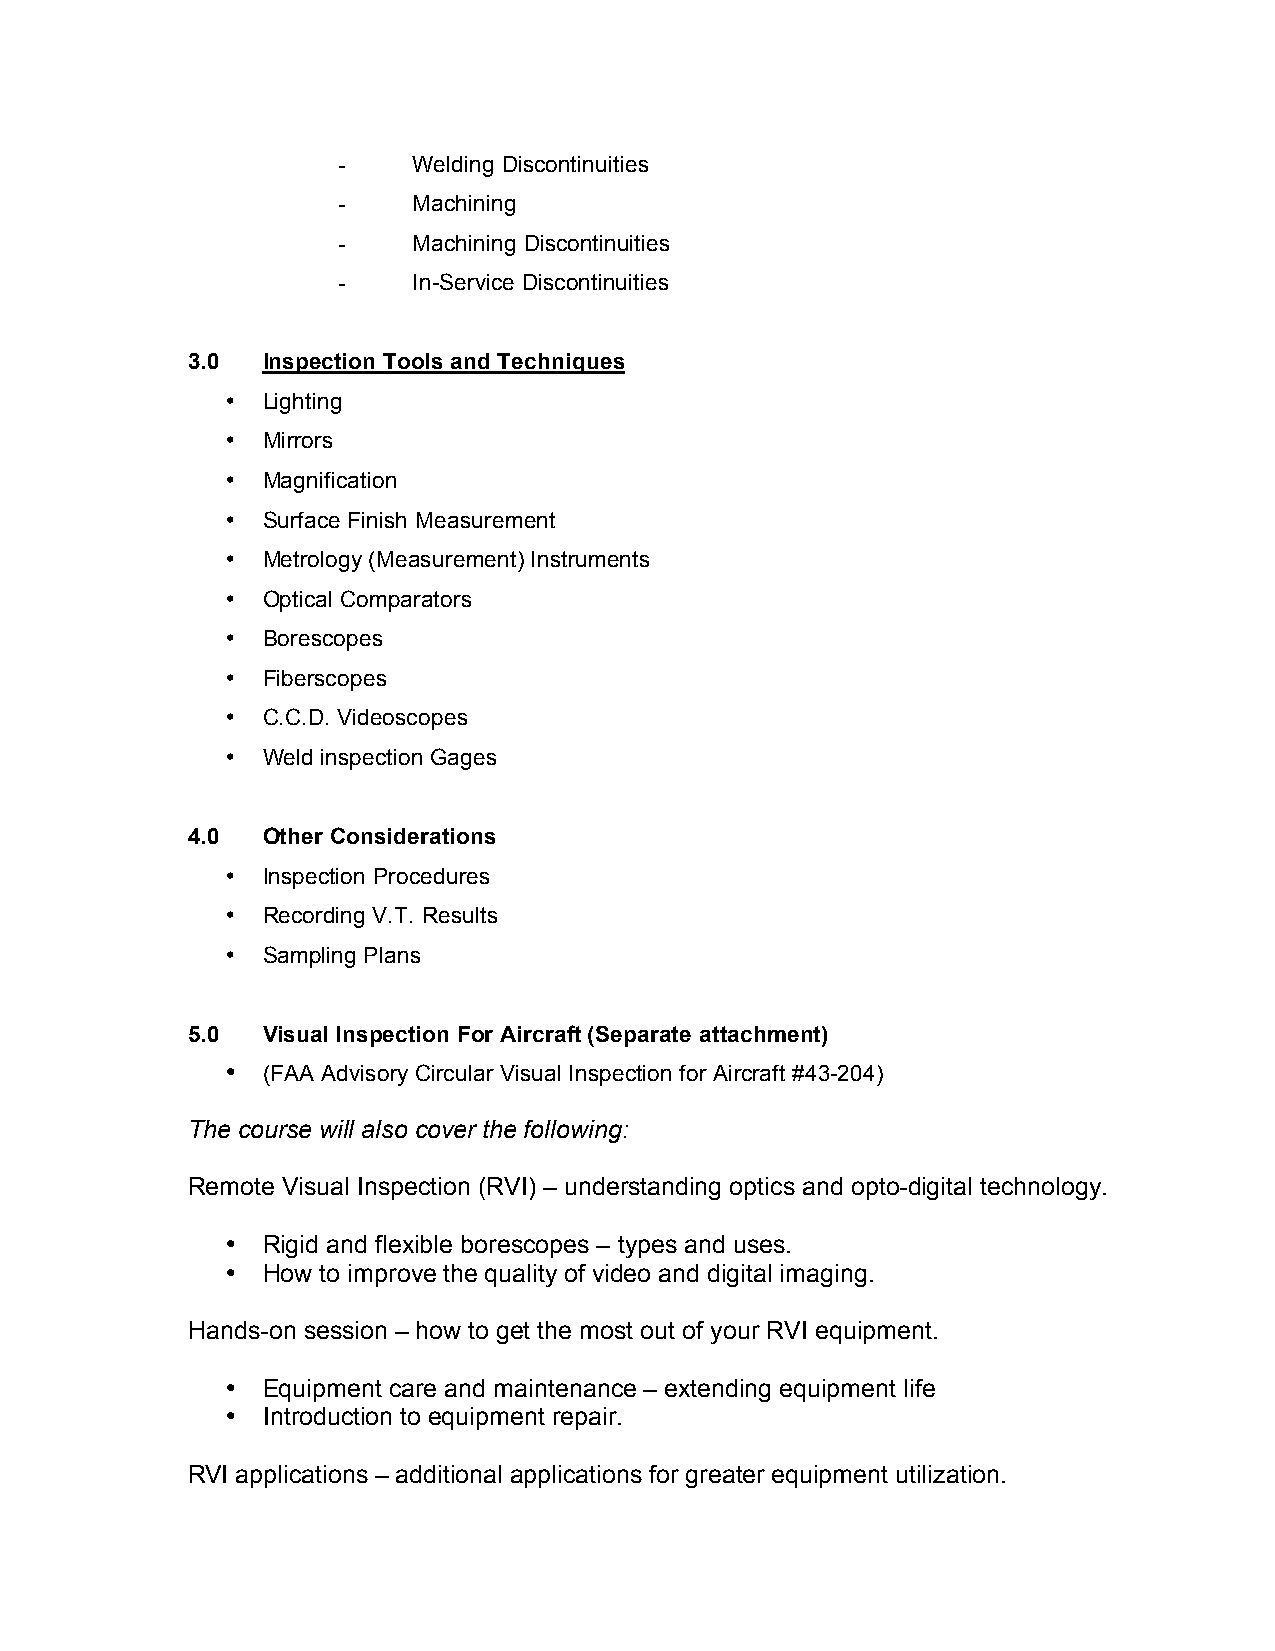
-    Welding Discontinuities
 -    Machining
 -    Machining Discontinuities
 -    In-Service Discontinuities
 3.0  Inspection Tools and Techniques
 • Lighting
 • Mirrors
 • Magnification
 • Surface Finish Measurement
 • Metrology (Measurement) Instruments
 • Optical Comparators
 • Borescopes
 • Fiberscopes
 • C.C.D. Videoscopes
 • Weld inspection Gages
 4.0  Other Considerations
 • Inspection Procedures
 • Recording V.T. Results
 • Sampling Plans
 5.0  Visual Inspection For Aircraft (Separate attachment)
 • (FAA Advisory Circular Visual Inspection for Aircraft #43-204)
 The course will also cover the following:
 Remote Visual Inspection (RVI) – understanding optics and opto-digital technology.
 • Rigid and flexible borescopes – types and uses.
 • How to improve the quality of video and digital imaging.
 Hands-on session – how to get the most out of your RVI equipment.
 • Equipment care and maintenance – extending equipment life
 • Introduction to equipment repair.
 RVI applications – additional applications for greater equipment utilization.